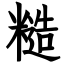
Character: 糙